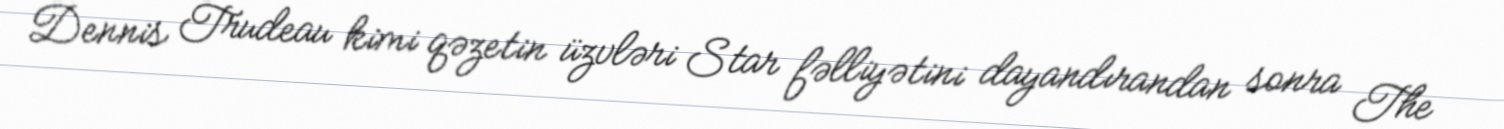
Dennis Trudeau kimi qəzetin üzvləri Star fəlliyətini dayandırandan sonra The